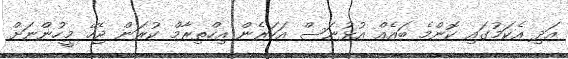
އަދި އެކަމުގައި ކޮންމެ ބައެއް އުޅުނަސް އަހަރެން އިހްތިރާމް ކުރަން ޖެހޭ މީހުންނަށް